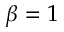
\beta = 1